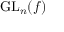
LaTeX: { \mathrm { G L } } _ { n } ( f )